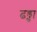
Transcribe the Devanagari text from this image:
ढड्ढा